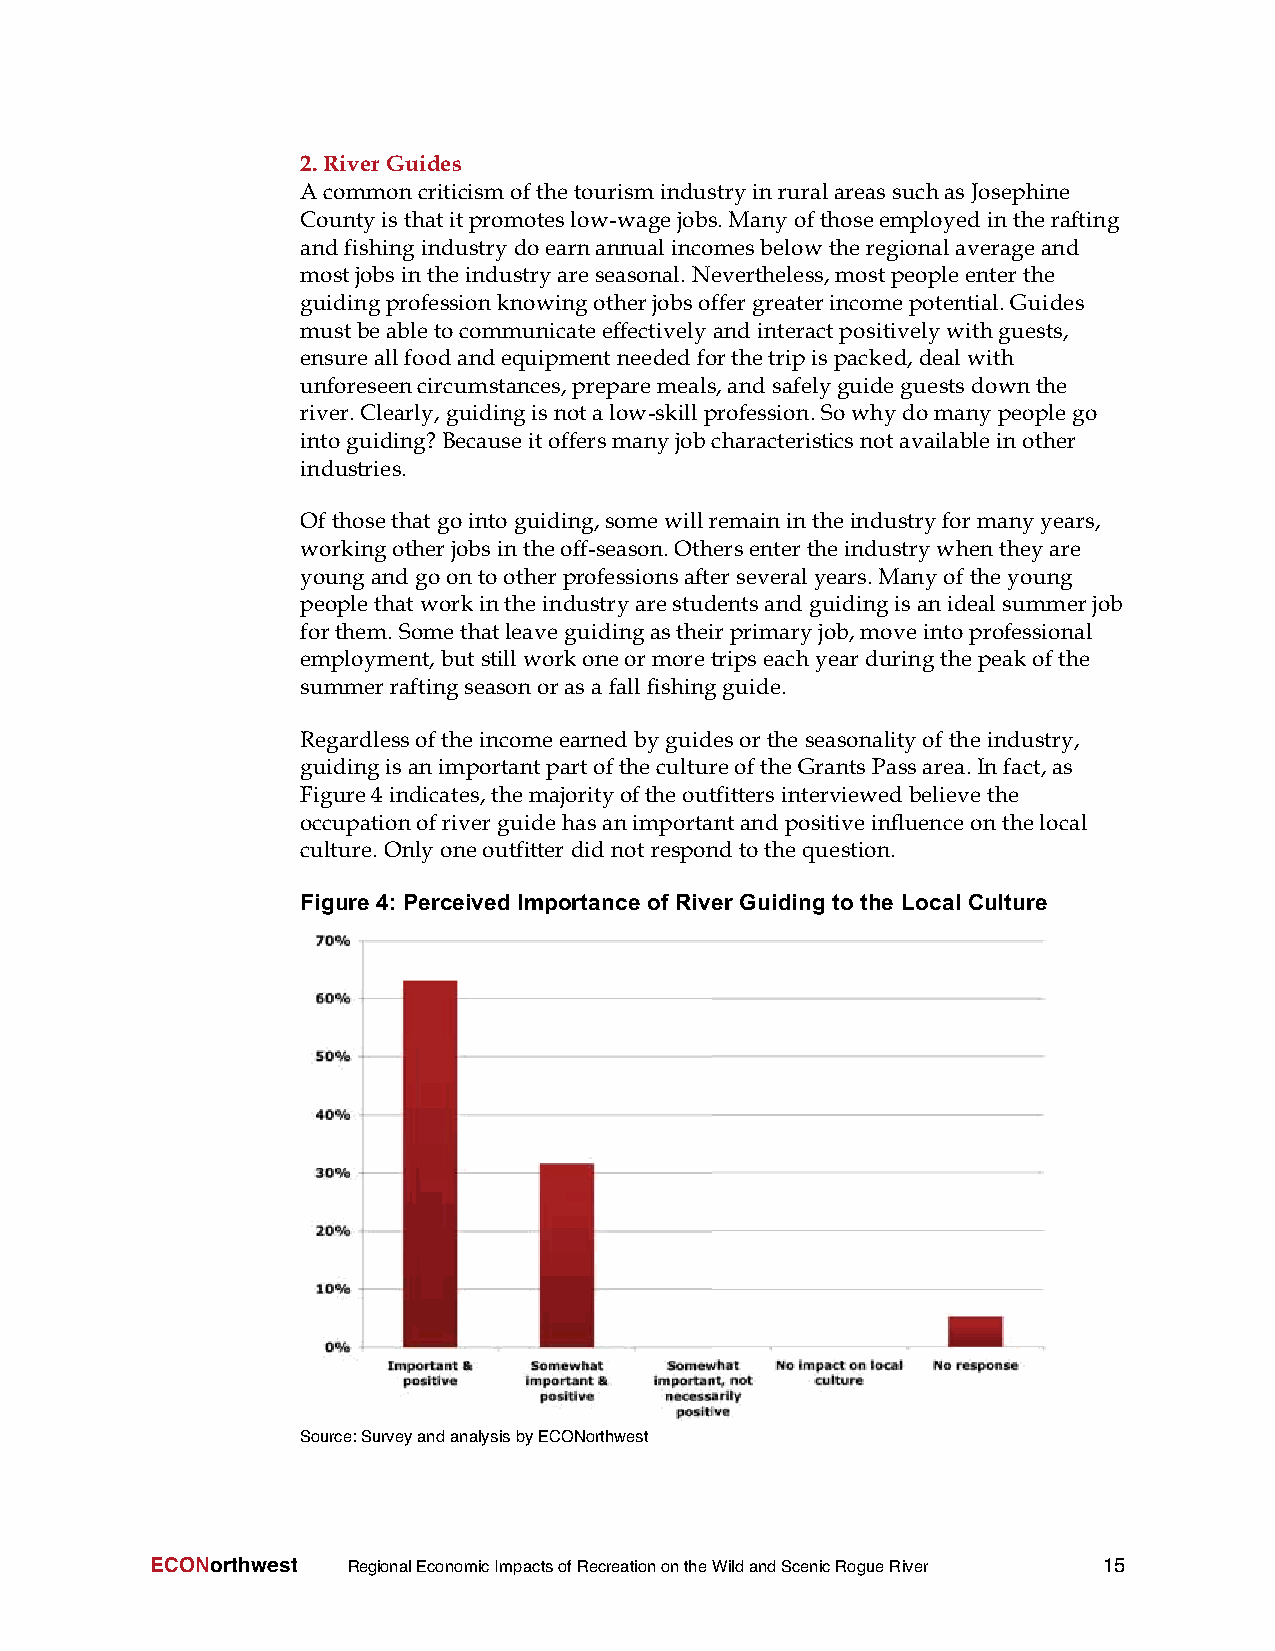
2.RiverGuides
 AcommoncriticismofthetourismindustryinruralareassuchasJosephine
 Countyisthatitpromoteslow-wagejobs.Manyofthoseemployedintherafting
 andfishingindustry doearnannualincomesbelowtheregionalaverageand
 mostjobsintheindustryareseasonal. Nevertheless,mostpeopleenterthe
 guidingprofessionknowingotherjobsoffergreaterincomepotential.Guides
 mustbeabletocommunicateeffectivelyandinteractpositivelywithguests,
 ensureallfoodandequipmentneededforthetripispacked, dealwith
 unforeseencircumstances,preparemeals,andsafelyguideguestsdownthe
 river.Clearly,guidingisnotalow-skillprofession.Sowhydomanypeoplego
 intoguiding?Becauseitoffersmanyjobcharacteristics notavailableinother
 industries.
 Ofthosethatgointoguiding,somewillremainintheindustryformanyyears,
 workingotherjobsintheoff-season.Othersentertheindustrywhentheyare
 youngandgoontootherprofessionsafterseveralyears.Manyoftheyoung
 peoplethatworkintheindustryarestudentsandguidingisanidealsummerjob
 forthem.Somethatleaveguidingastheirprimaryjob,moveintoprofessional
 employment,butstillworkoneormoretripseachyearduringthepeakofthe
 summerraftingseasonorasa fallfishingguide.
 Regardlessoftheincomeearnedbyguidesorthe seasonalityoftheindustry,
 guidingisanimportantpartofthecultureoftheGrantsPassarea.Infact,as
 Figure4 indicates,themajorityoftheoutfittersinterviewedbelievethe
 occupationofriverguidehasanimportantandpositiveinfluenceonthelocal
 culture. Onlyoneoutfitter didnotrespondtothequestion.
 Figure 4: Perceived Importance of River Guiding to the Local Culture
 Source:SurveyandanalysisbyECONorthwest
 ECONorthwest RegionalEconomicImpactsofRecreationontheWildandScenicRogueRiver 15